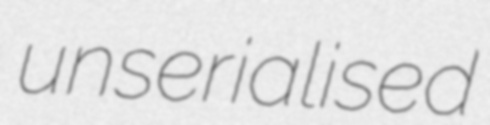
unserialised